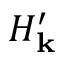
H _ { \mathbf { k } } ^ { \prime }